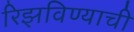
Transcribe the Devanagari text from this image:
रिझविण्याची